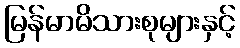
မြန်မာမိသားစုများနှင့်